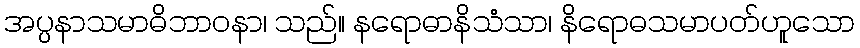
အပ္ပနာသမာဓိဘာဝနာ၊ သည်။ နရောဓာနိသံသာ၊ နိရောဓသမာပတ်ဟူသော